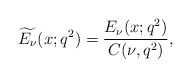
\begin{align*} \widetilde{E_\nu}(x;q^2)=\frac{E_\nu(x;q^2)}{C(\nu,q^2)}, \end{align*}